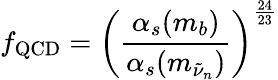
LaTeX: f_{\mathrm{{QCD}}}=\left(\frac{\alpha_{s}(m_{b})}{\alpha_{s}(m_{\tilde{\nu}_{n}})}\right)^{\frac{24}{23}}